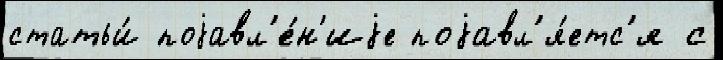
статьи́ поjавл'е́н'иjе поjавл'я́етс'я с